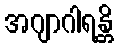
အဂျာဂါရန္တိ